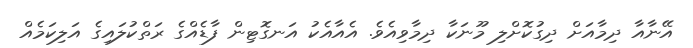
އޭނާއާ ދިމާއަށް ދިގުކޮށްލި މޫނަކާ ދިމާވިއެވެ. އެއާއެކު އަނގޮޓިން ފާޑެއްގެ ރަތްކުލައިގެ އަލިކަމެއް